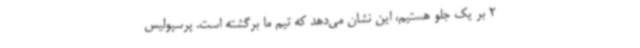
2 بر یک جلو هستیم، این نشان می‌دهد که تیم ما برگشته است. پرسپولیس